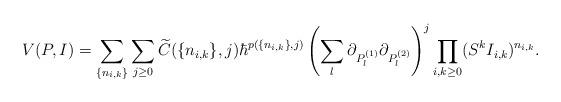
LaTeX: \begin{align*} V(P, I) = \sum_{\{n_{i, k}\}}\sum_{j \geq 0} \widetilde{C}(\{n_{i, k}\}, j) \hbar^{p(\{n_{i, k}\}, j)} \left(\sum_l \partial_{P_l^{(1)}}\partial_{P_l^{(2)}}\right)^j\prod_{i, k \geq 0}(S^kI_{i, k})^{n_{i, k}}.\end{align*}